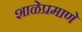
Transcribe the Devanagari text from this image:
शाळेप्रमाणे